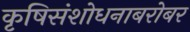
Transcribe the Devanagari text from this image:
कृषिसंशोधनाबरोबर